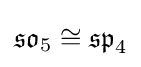
{\mathfrak {so}}_{5}\cong {\mathfrak {sp}}_{4}